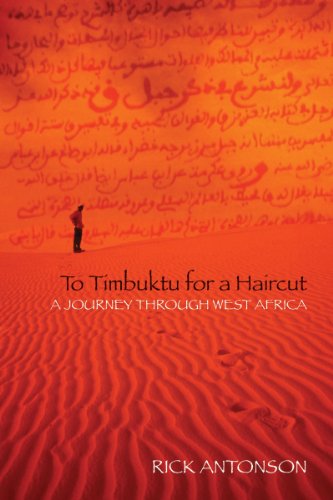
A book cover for To Timbuktu for a Haircut: A Journey Through West Africa; Rick Antonson; Travel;